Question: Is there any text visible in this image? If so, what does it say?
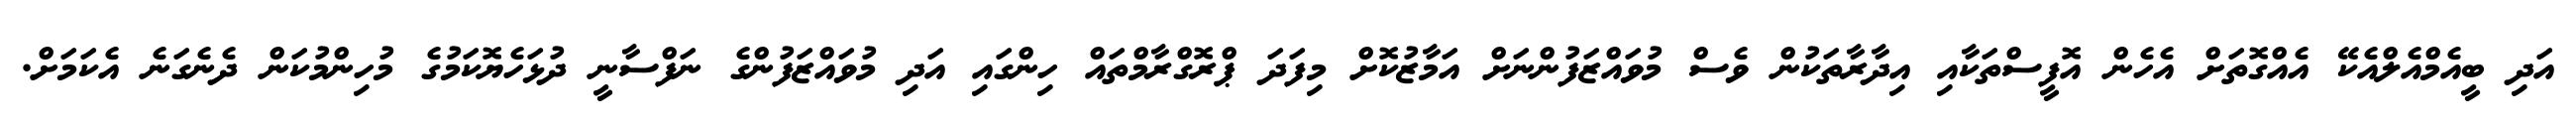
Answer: އަދި ބީއެމްއެލްއެކޭ އެއްގޮތަށް އެހެން އޮފީސްތަކާއި އިދާރާތަކުން ވެސް މުވައްޒަފުންނަށް އަމާޒުކޮށް މިފަދަ ޕްރޮގްރާމްތައް ހިންގައި އަދި މުވައްޒަފުންގެ ނަފްސާނީ ދުޅަހެޔޮކަމުގެ މުހިންމުކަން ދެނެގަނެ އެކަމަށް.